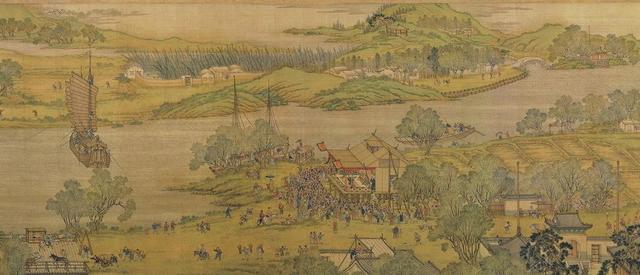
媪引浓妆女，儿扶烂醉翁。